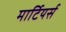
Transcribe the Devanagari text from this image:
मार्टियर्स